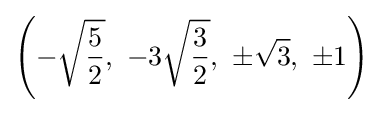
\left(-{\sqrt {\frac {5}{2}}},\ -3{\sqrt {\frac {3}{2}}},\ \pm {\sqrt {3}},\ \pm 1\right)